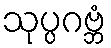
သုပ္ပဂဗ္ဘံ